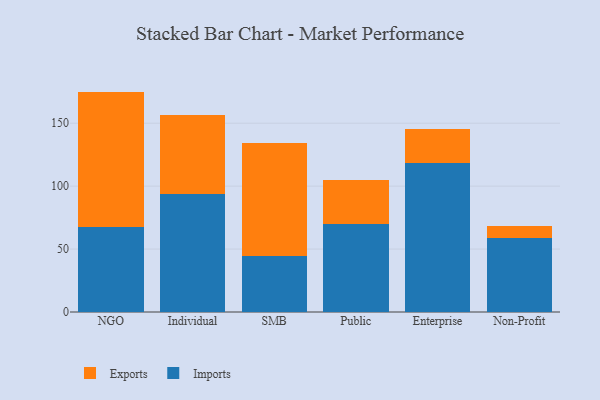
{"axis": {"x": "Segment", "y": "Conversion Rate (%)"}, "legend": ["Exports", "Imports"], "data": [{"x": "NGO", "y": 67.9, "type": "Imports"}, {"x": "NGO", "y": 107.2, "type": "Exports"}, {"x": "Individual", "y": 93.9, "type": "Imports"}, {"x": "Individual", "y": 62.5, "type": "Exports"}, {"x": "SMB", "y": 44.4, "type": "Imports"}, {"x": "SMB", "y": 89.9, "type": "Exports"}, {"x": "Public", "y": 69.7, "type": "Imports"}, {"x": "Public", "y": 35.2, "type": "Exports"}, {"x": "Enterprise", "y": 118.4, "type": "Imports"}, {"x": "Enterprise", "y": 26.6, "type": "Exports"}, {"x": "Non-Profit", "y": 58.9, "type": "Imports"}, {"x": "Non-Profit", "y": 9.2, "type": "Exports"}]}